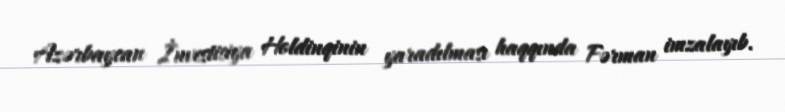
Azərbaycan İnvestisiya Holdinqinin yaradılması haqqında Fərman imzalayıb.